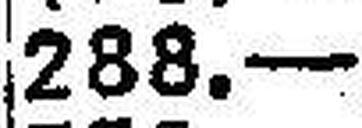
288.—